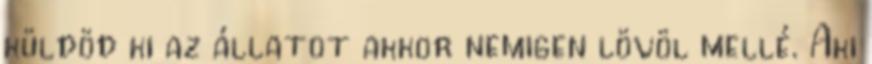
küldöd ki az állatot akkor nemigen lövöl mellé. Aki